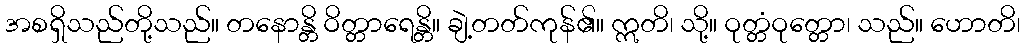
အစရှိသည်တို့သည်။ တနောန္တိ ဝိတ္တာရေန္တိ။ ချဲ့တတ်ကုန်၏။ ဣတိ၊ သို့။ ဝုတ္တံဝုတ္တော၊ သည်။ ဟောတိ၊